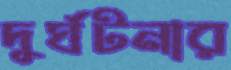
দুর্ঘটনার